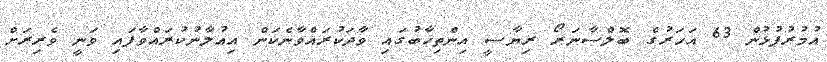
އުމުރުފުޅުން 63 އަހަރުގެ ބޮލްސާނަރޯ ރިޔާސީ އިންތިޚާބުގައި ވާދަކުރައްވާނެކަން އިއުލާނުކުރައްވާފައި ވަނީ ވެރިރަށް